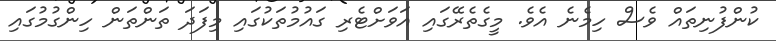
ކުންފުނިތައް ވެސް ހިމެނެ އެވެ. މީގެތެރޭގައި އަވަށްޓެރި ގައުމުތަކުގައި މިފަދަ ތަންތަން ހިންގުމުގައި